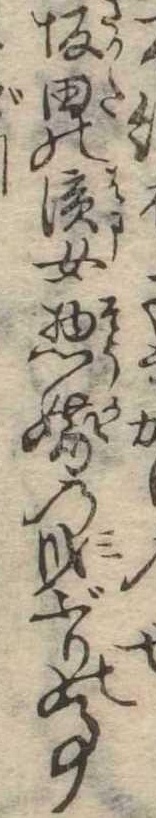
か坂田の浜女惣嫁の身ぶりの事